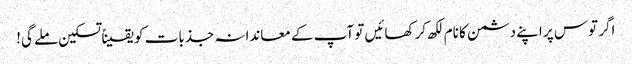
اگر توس پر اپنے دشمن کا نام لکھ کر کھائیں تو آپ کے معاندانہ جذبات کو یقیناً تسکین ملے گی!